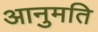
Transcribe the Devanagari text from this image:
आनुमति